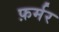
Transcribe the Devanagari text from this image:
फ़र्मर